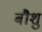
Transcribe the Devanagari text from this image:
बौशु